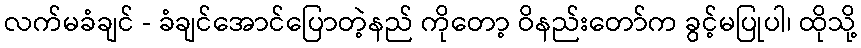
လက်မခံချင် - ခံချင်အောင်ပြောတဲ့နည် ကိုတော့ ဝိနည်းတော်က ခွင့်မပြုပါ၊ ထိုသို့